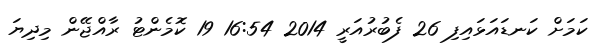
ކަމަށް ކަނޑައަޅައިފި 26 ފެބުރުއަރީ 2014 16:54 19 ކޮމެންޓު ރާއްޖޭން މިދިޔަ